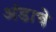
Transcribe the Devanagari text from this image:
अंडाचे